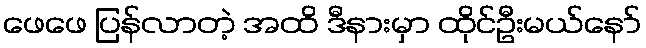
ဖေဖေ ပြန်လာတဲ့ အထိ ဒီနားမှာ ထိုင်ဦးမယ်နော်